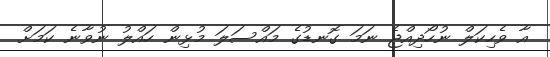
އާ ވެހިކަލް ނުހޯދިއްޖެ ނަމަ ގޮނޑުގެ މައްސަލަ މުޅިން ހައްލު ނުވާނެ ކަމަށް